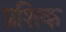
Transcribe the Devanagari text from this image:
प्रशिक